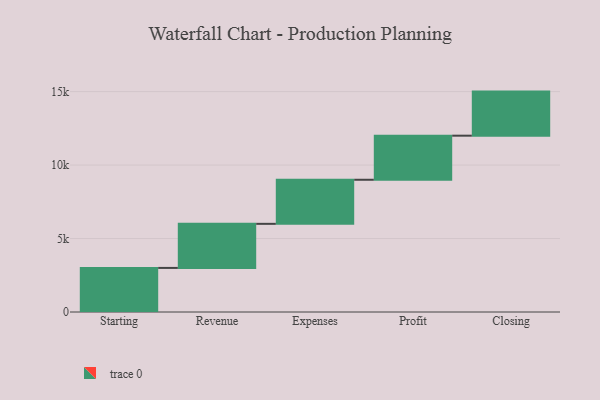
{"axis": {"x": "Step", "y": "Value"}, "legend": [""], "data": [{"x": "Starting", "y": 3000, "type": ""}, {"x": "Revenue", "y": 3000, "type": ""}, {"x": "Expenses", "y": 3000, "type": ""}, {"x": "Profit", "y": 3000, "type": ""}, {"x": "Closing", "y": 3000, "type": ""}]}